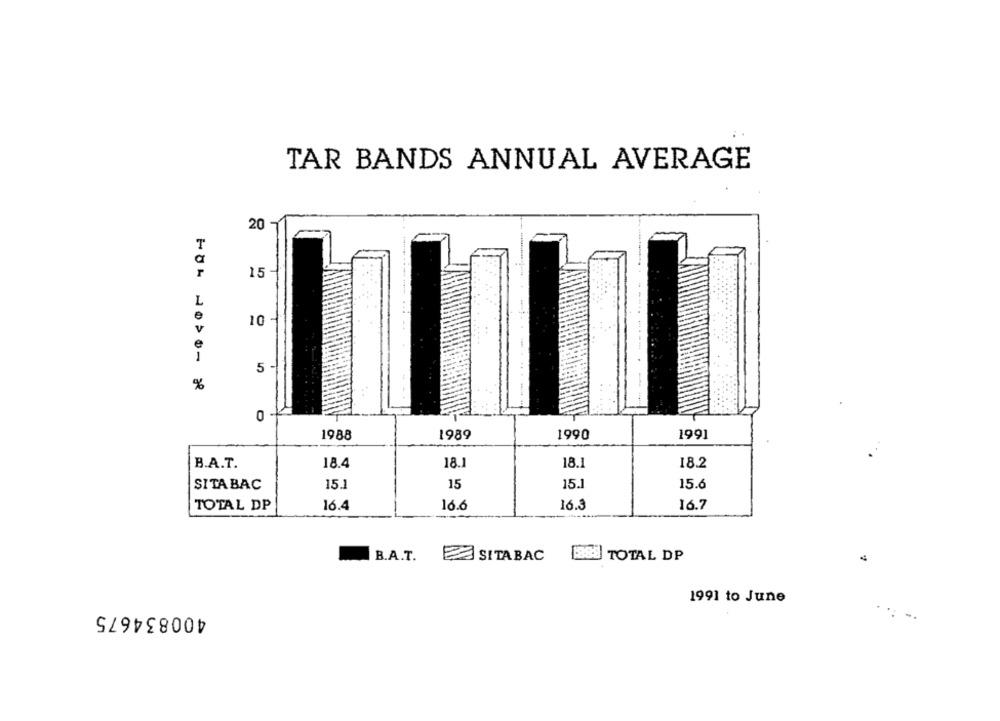
TAR BANDS ANNUAL AVERAGE
20 -
15
L
10
v
1
%
O
1988
1990
1991
B.A.T.
18.4
18.1
18.1
18.2
SITABAC
15.1
15
15.1
15.6
16.3
16.7
TOTAL DP
16.4
16.6
B.A.T.
ESITABAC
B&E TOTAL DP
1991 to June
400834675